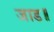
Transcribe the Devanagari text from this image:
जाड॥